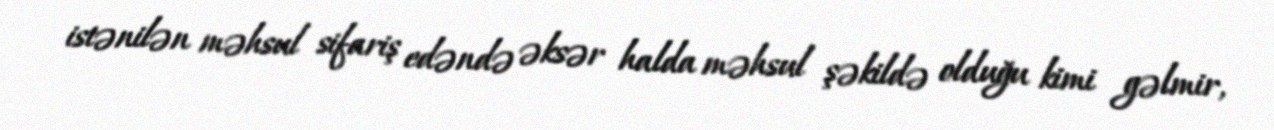
istənilən məhsul sifariş edəndə əksər halda məhsul şəkildə olduğu kimi gəlmir,